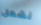
نشعل